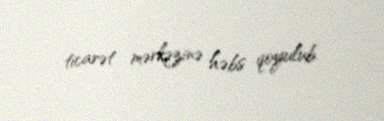
ticarət mərkəzinə həbs qoyulub.